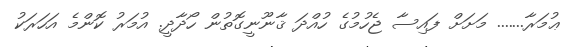
ޢުމަރާ....... މަށަށް ފައިސާ ޖެހުމުގެ ހުއްދަ ޤާނޫނީގޮތުން ހޯދާދީ. އުމަރު ކޮންމެ އަހަރަކު